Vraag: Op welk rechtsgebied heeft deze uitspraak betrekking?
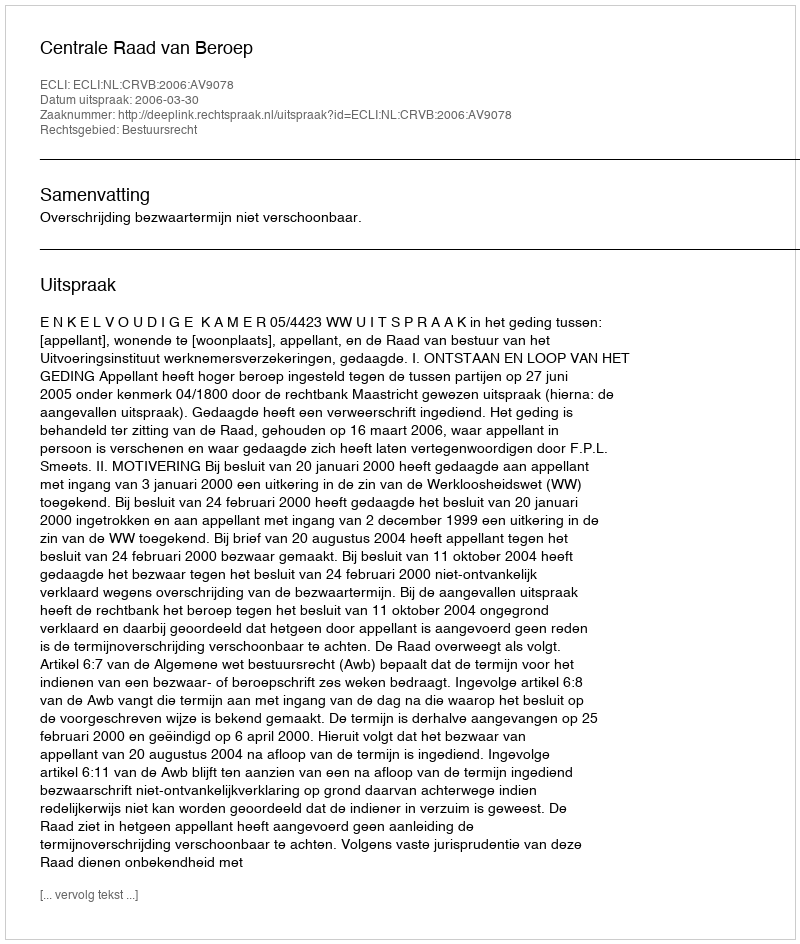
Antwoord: Bestuursrecht